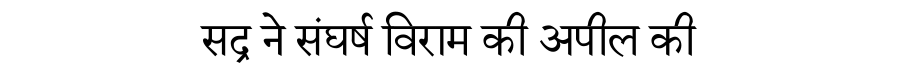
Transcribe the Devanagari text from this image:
सद्र ने संघर्ष विराम की अपील की